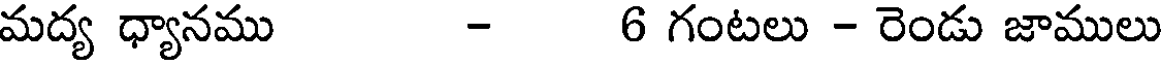
మద్య ధ్యానము - 6 గంటలు - రెండు జాములు